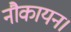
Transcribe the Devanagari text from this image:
नौकायन।